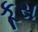
કૂસ